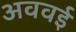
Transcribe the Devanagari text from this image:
अववई